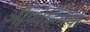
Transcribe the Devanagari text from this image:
औप्थेल्मिया